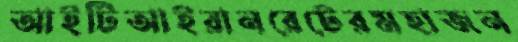
আইটিআইরানরেটেরমহাজন